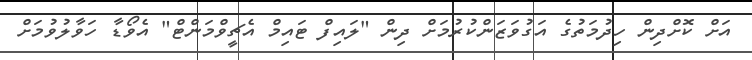
އަށް ކޮށްދިން ހިދުމަތުގެ އަގުވަޒަންކުރުމަށް ދިން "ލައިފް ޓައިމް އެޗީވްމަންޓް" އެވޯޑާ ހަވާލުވުމަށް